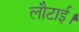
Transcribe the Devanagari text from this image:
लौटाई।